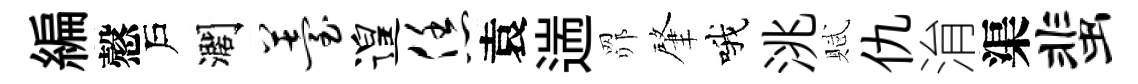
編慤戶濶薹遑恁袁遄𦊑肇哦洮賦仇㳙渠蜚